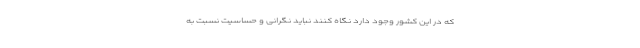
که در این کشور وجود دارد نگاه کنند نباید نگرانی و حساسیت نسبت به